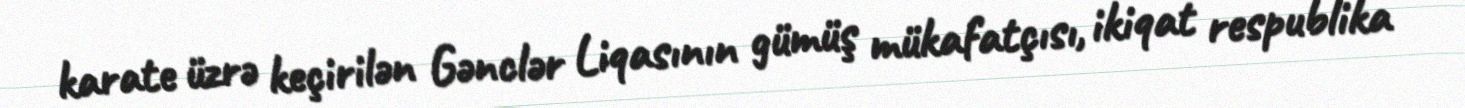
karate üzrə keçirilən Gənclər Liqasının gümüş mükafatçısı, ikiqat respublika